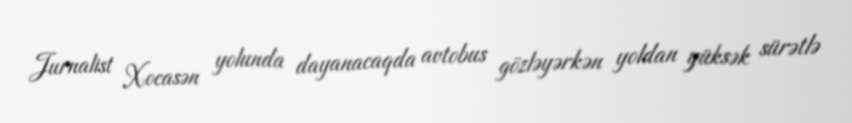
Jurnalist Xocasən yolunda dayanacaqda avtobus gözləyərkən yoldan yüksək sürətlə